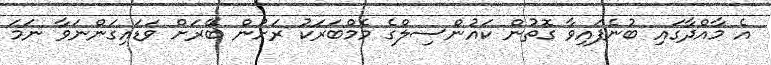
އެ މާއްދާގައި ބުނެފައިވާ ގޮތުން ކައުންސިލްގެ މެމްބަރަކު ރަށުން ބޭރަށް ވަޑައިގަންނަވާ ނަމަ